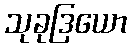
သုခုဒြယော